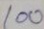
100